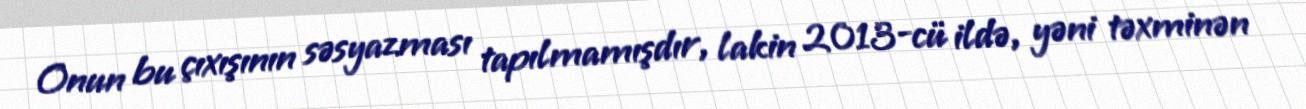
Onun bu çıxışının səsyazması tapılmamışdır, lakin 2013-cü ildə, yəni təxminən